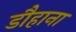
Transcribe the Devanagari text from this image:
डौहाना